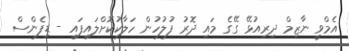
އެމްވީ ނާޒިމް ދިރިއުޅޭ ގޭގެ މައި ދޮރު ފުލުހުން ހަލާކުކޮށްލައިފައި - ޑިފެންސް